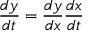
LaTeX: { \frac { d y } { d t } } = { \frac { d y } { d x } } { \frac { d x } { d t } }